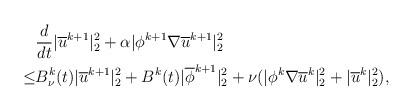
LaTeX: \begin{align*}&\frac{d}{dt}|\overline{u}^{k+1}|^2_2+\alpha |\phi^{k+1}\nabla\overline{u}^{k+1} |^2_2\\\leq& B^k_\nu(t)|\overline{u}^{k+1}|^2_2+B^k(t)|\overline{\phi}^{k+1}|^2_{2}+\nu (|\phi^k \nabla \overline{u}^k|^2_2+ | \overline{u}^{k}|^2_2),\end{align*}